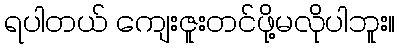
ရပါတယ် ကျေးဇူးတင်ဖို့မလိုပါဘူး။